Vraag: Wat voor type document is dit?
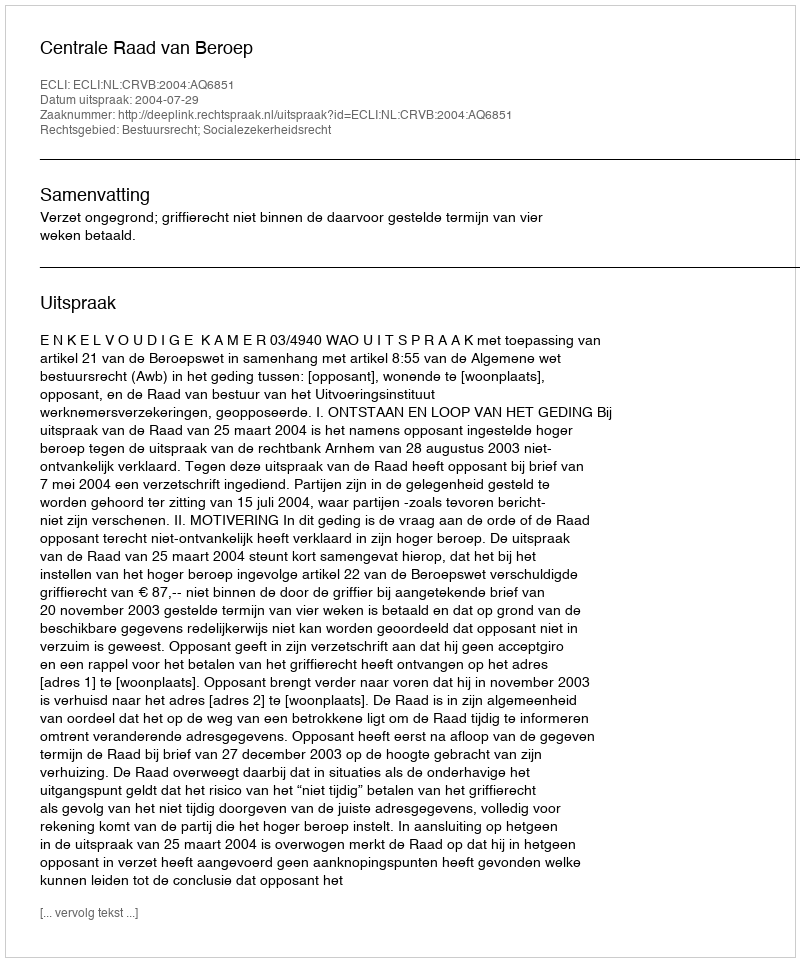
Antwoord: Uitspraak